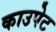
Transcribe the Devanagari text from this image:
काउपेट